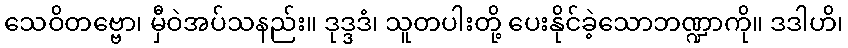
သေဝိတဗ္ဗော၊ မှီဝဲအပ်သနည်း။ ဒုဒ္ဒဒံ၊ သူတပါးတို့ ပေးနိုင်ခဲ့သောဘဏ္ဍာကို။ ဒဒါဟိ၊